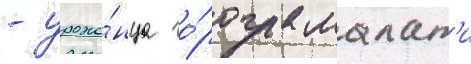
- уроже́нца го́рода малат'и